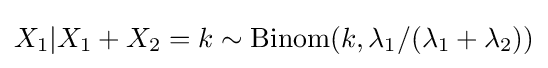
X_{1}|X_{1}+X_{2}=k\sim \mathrm {Binom} (k,\lambda _{1}/(\lambda _{1}+\lambda _{2}))